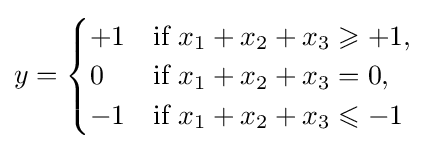
y={\begin{cases}+1&{\text{if}}\ x_{1}+x_{2}+x_{3}\geqslant +1,\\0&{\text{if}}\ x_{1}+x_{2}+x_{3}=0,\\-1&{\text{if}}\ x_{1}+x_{2}+x_{3}\leqslant -1\end{cases}}